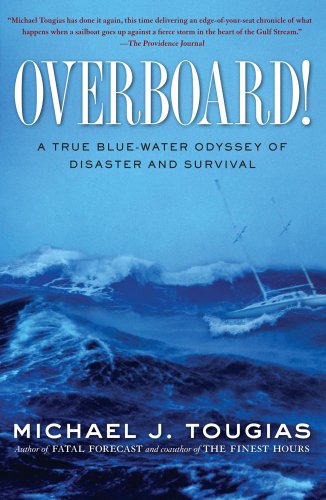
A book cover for Overboard!: A True Blue-water Odyssey of Disaster and Survival; Michael J. Tougias; Science & Math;